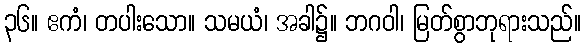
၃၆။ ဧကံ၊ တပါးသော။ သမယံ၊ အခါ၌။ ဘဂဝါ၊ မြတ်စွာဘုရားသည်။